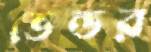
ভেন্ডর